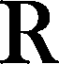
R